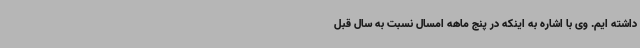
داشته ایم. وی با اشاره به اینکه در پنج ماهه امسال نسبت به سال قبل